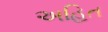
અહિત